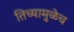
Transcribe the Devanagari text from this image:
तिच्यामुळेच